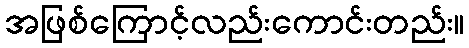
အဖြစ်ကြောင့်လည်းကောင်းတည်း။